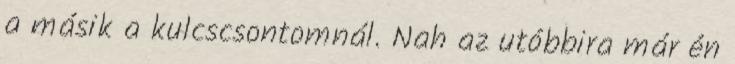
a másik a kulcscsontomnál. Nah az utóbbira már én